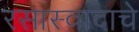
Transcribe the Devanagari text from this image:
रसास्वादाचे